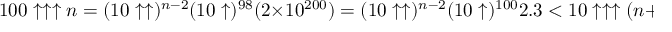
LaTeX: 1 0 0 \uparrow \uparrow \uparrow n = ( 1 0 \uparrow \uparrow ) ^ { n - 2 } ( 1 0 \uparrow ) ^ { 9 8 } ( 2 \times 1 0 ^ { 2 0 0 } ) = ( 1 0 \uparrow \uparrow ) ^ { n - 2 } ( 1 0 \uparrow ) ^ { 1 0 0 } 2 . 3 < 1 0 \uparrow \uparrow \uparrow ( n + 1 )